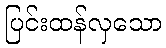
ပြင်းထန်လှသော